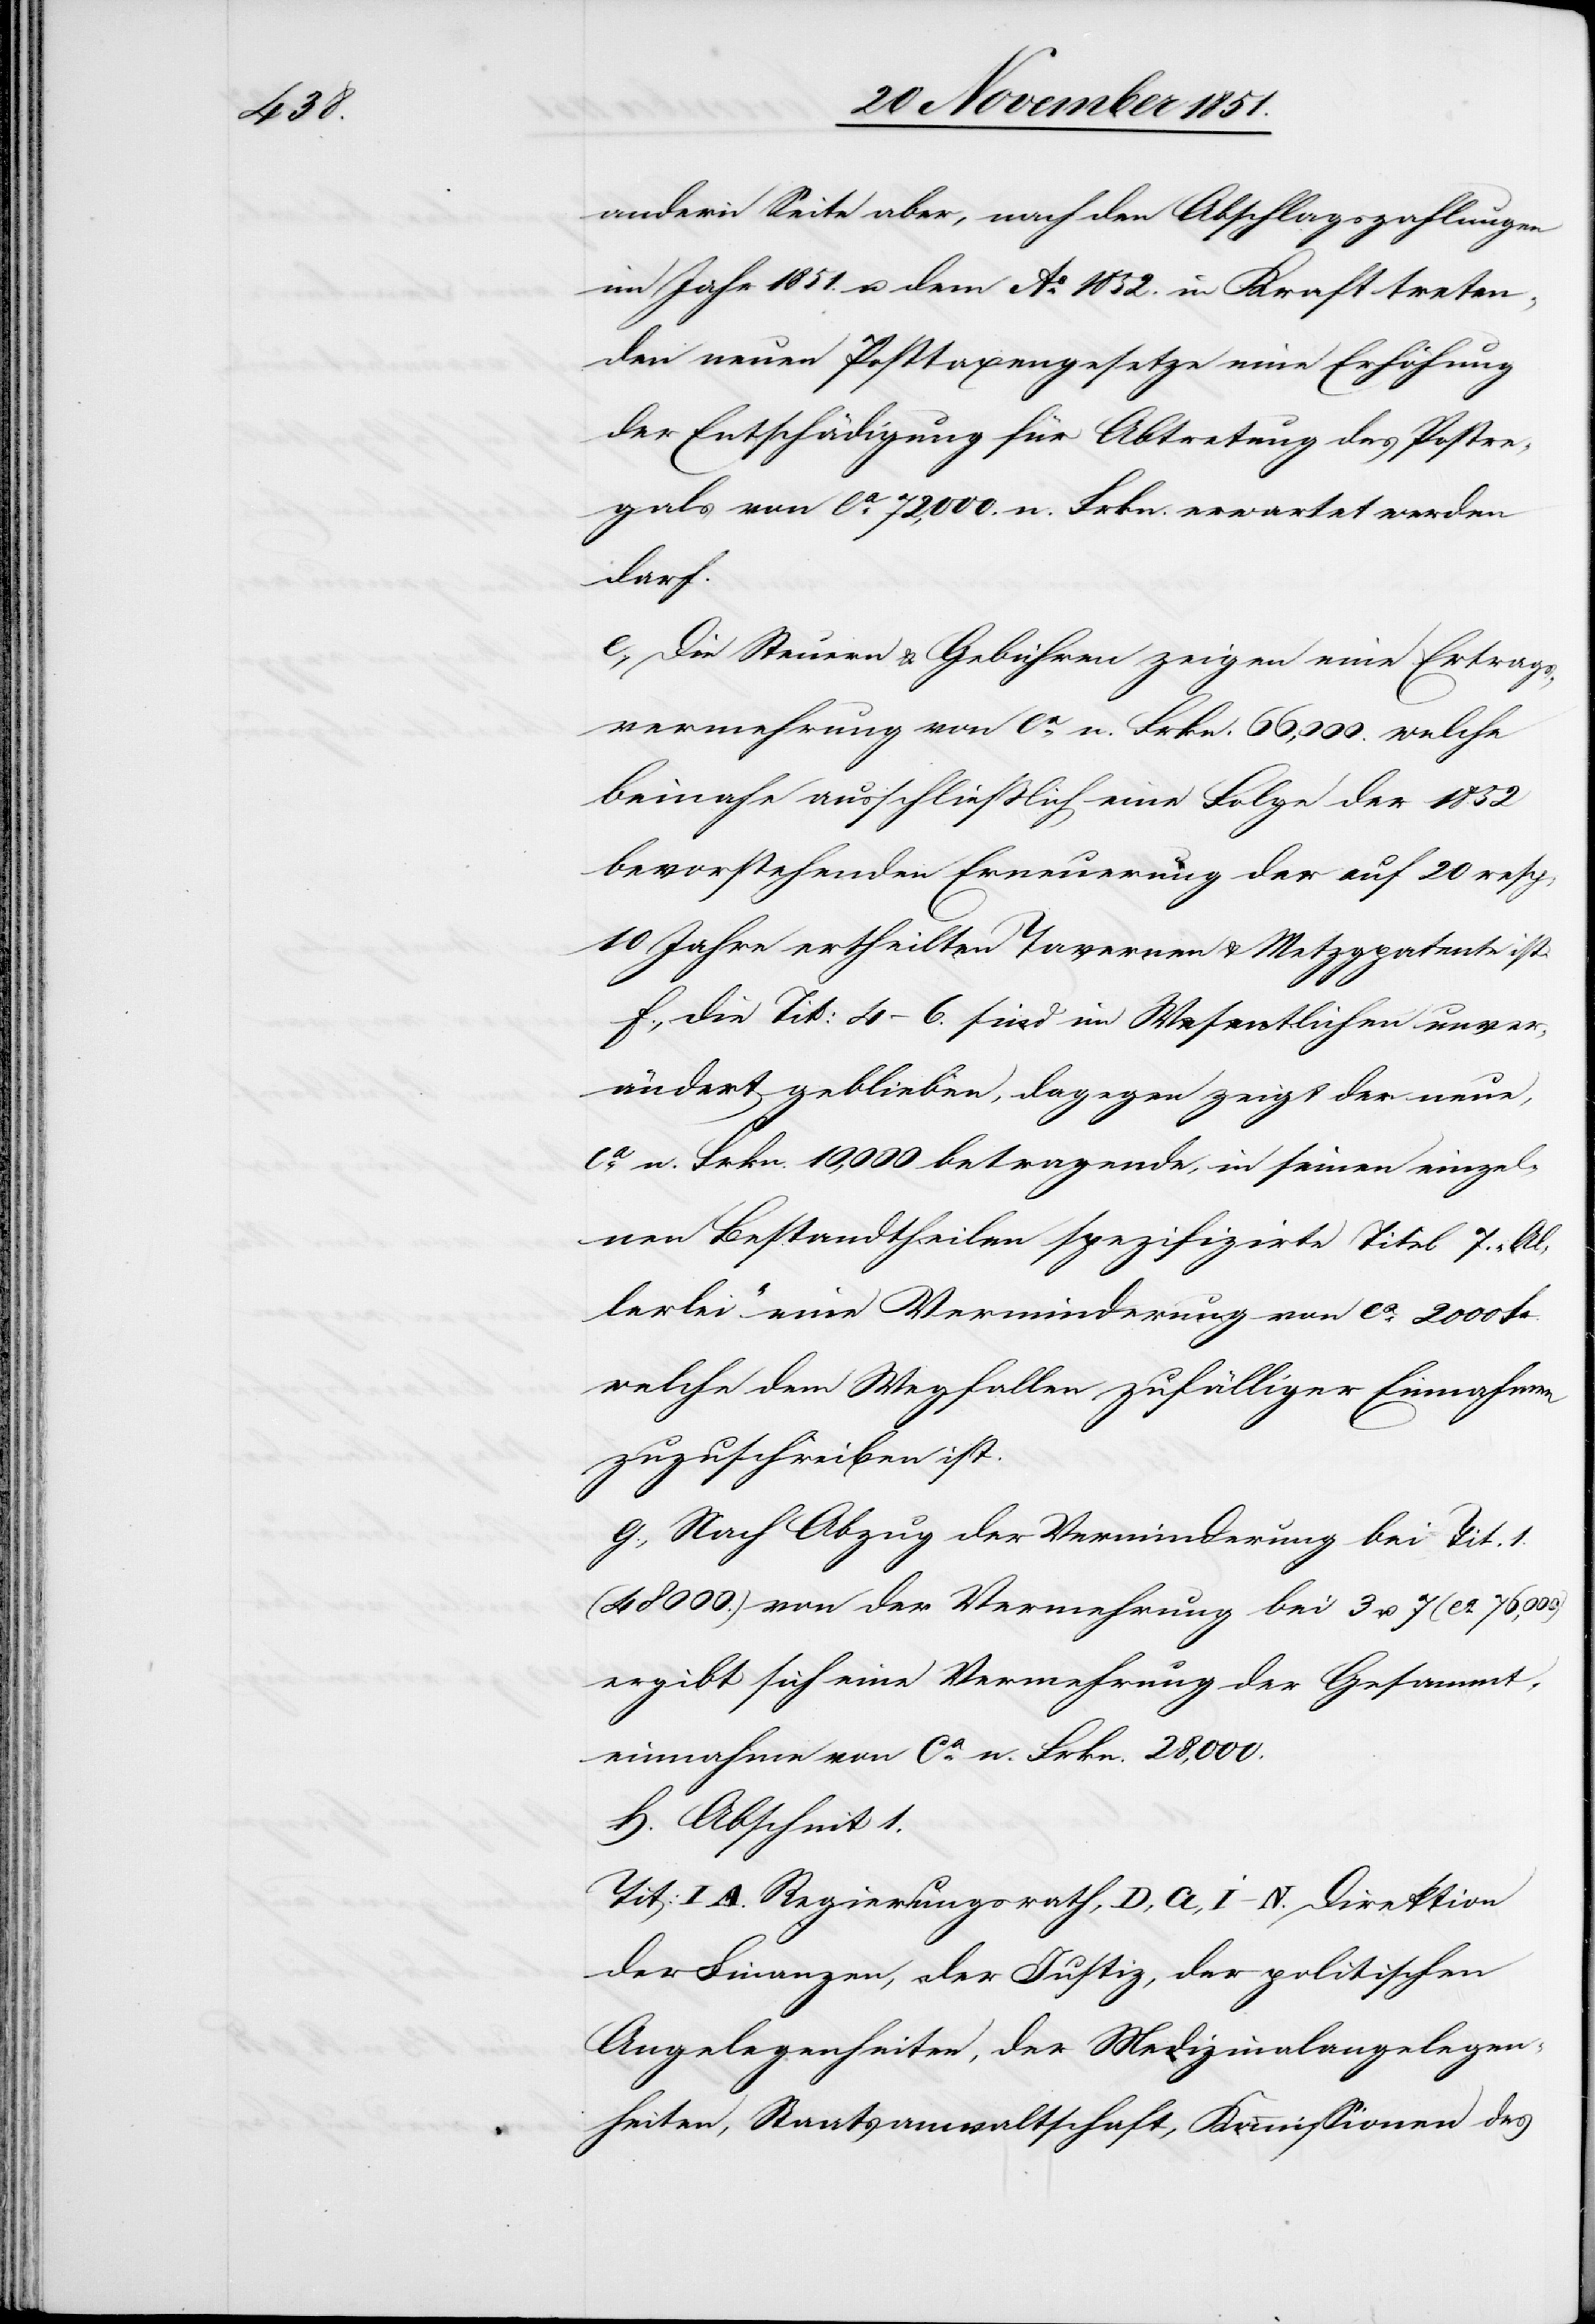
andern Seite aber, nach den Abschlagszahlungen
im Jahr 1851. u. dem Ao. 1852. in Kraft treten¬
den neuen Posttaxengesetze eine Erhöhung
der Entschädigung für Abtretung des Postre¬
gals von ca. 72,000. n. Frkn. erwartet werden
darf.
e., Die Steuern & Gebühren zeigen eine Ertrags¬
vermehrung von ca. n. Frkn. 66,000. welche
beinahe ausschließlich eine Folge der 1852
bevorstehenden Erneuerung der auf 20 resp.
10 Jahre ertheilten Tavernen[-] & Metzgpatente ist.
f., die Tit: 4–6. sind im Wesentlichen unver¬
ändert geblieben, dagegen zeigt der neue,
ca. n. Frkn. 10,000. betragende, in seinen einzel¬
nen Bestandtheilen spezifizirte Titel 7. „Al¬
lerlei“ eine Verminderung von ca. 2000 Fr.
welche dem Wegfallen zufälliger Einnahmen
zuzuschreiben ist.
g., Nach Abzug der Verminderung bei Tit. 1.
(48 000.) von der Vermehrung bei 3 u. 7 (ca. 76,000)
ergibt sich eine Vermehrung der Gesammt¬
einnahme von ca. n. Frkn. 28,000.
h. Abschnit[t] 1.
Tit: I A. Regierungsrath, D, [?G], I–N. Direktion
der Finanzen, der Justiz, der politischen
Angelegenheiten, der Medizinalangelegen¬
heiten, Staatsanwaltschaft, Kommissionen des